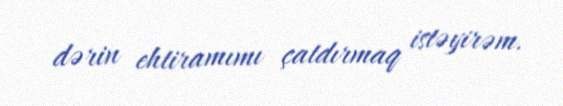
dərin ehtiramımı çatdırmaq istəyirəm.